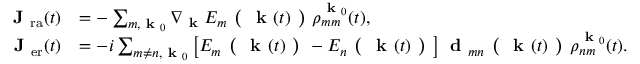
\begin{array} { r l } { \textbf { J } _ { \mathrm { r a } } ( t ) } & { = - \sum _ { m , \textbf { k } _ { 0 } } \nabla _ { \textbf { k } } E _ { m } \textbf { ( } \textbf { k } ( t ) \textbf { ) } \rho _ { m m } ^ { \textbf { k } _ { 0 } } ( t ) , } \\ { \textbf { J } _ { \mathrm { e r } } ( t ) } & { = - i \sum _ { m \neq n , \textbf { k } _ { 0 } } \left[ E _ { m } \textbf { ( } \textbf { k } ( t ) \textbf { ) } - E _ { n } \textbf { ( } \textbf { k } ( t ) \textbf { ) } \right] \textbf { d } _ { m n } \textbf { ( } \textbf { k } ( t ) \textbf { ) } \rho _ { n m } ^ { \textbf { k } _ { 0 } } ( t ) . } \end{array}